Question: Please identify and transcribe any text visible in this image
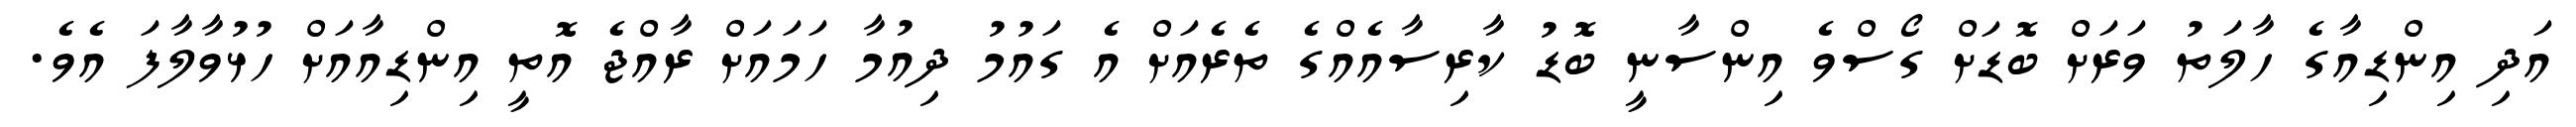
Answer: އަދި އިންޑިއާގެ ހާލަތު ވަރަށް ބޮޑަށް ގޯސްވެ އިންސާނީ ބޮޑު ކާރިސާއެއްގެ ތެރެއަށް އެ ގައުމު ދިއުމާ ހަމައަށް ރާއްޖެ އޮތީ އިންޑިއާއަށް ހުޅުވާލާފަ އެވެ.